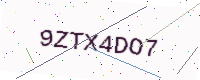
Text: 9ZTX4DO7